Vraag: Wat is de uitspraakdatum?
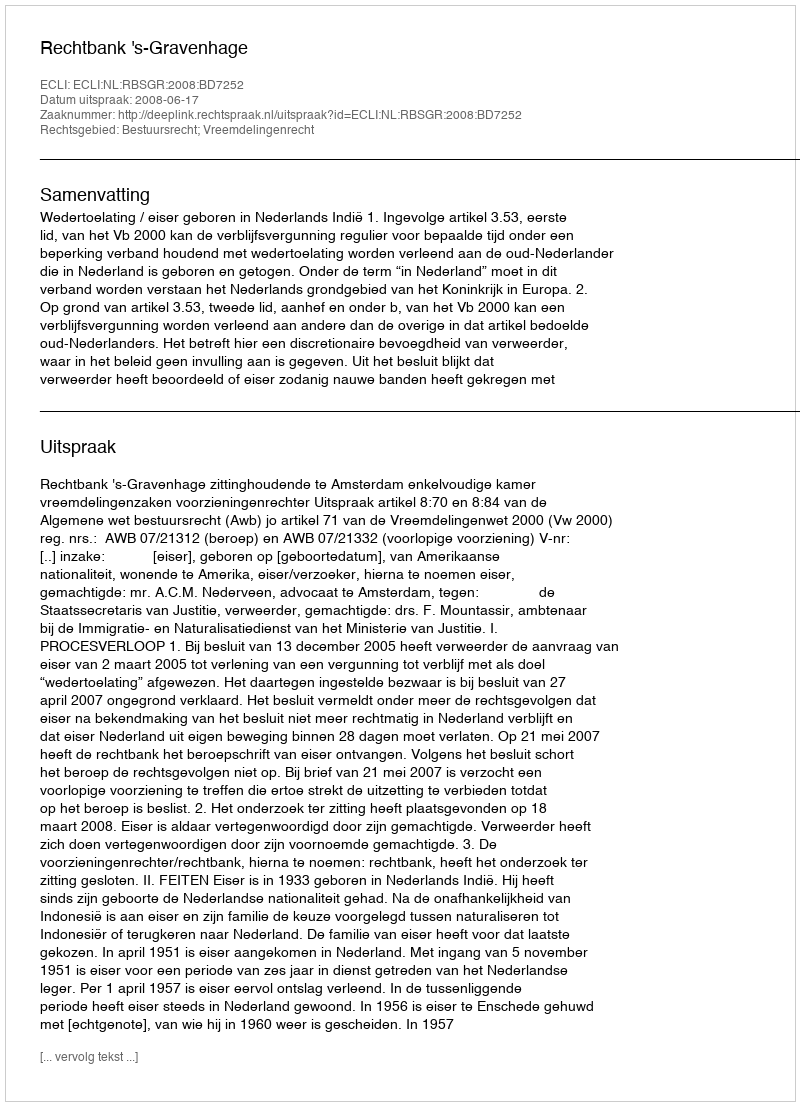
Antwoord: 2008-06-17